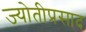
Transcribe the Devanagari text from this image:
ज्योतीप्रसाद